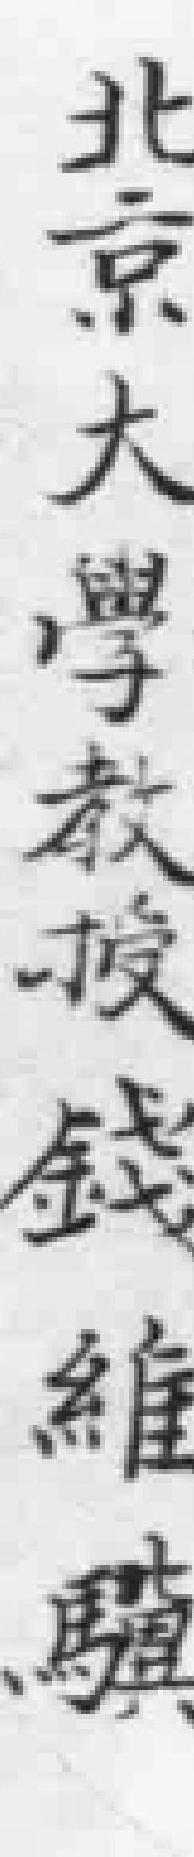
北京大學教授錢維驥